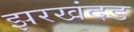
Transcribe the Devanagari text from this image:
झरखंदड